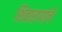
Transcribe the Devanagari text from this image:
शिवारायांचे